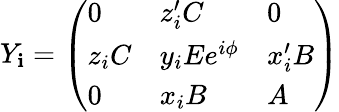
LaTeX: Y_{\mathbf{i}}=\left(\begin{array}{lll}{{0}}&{{z_{i}^{\prime}C}}&{{0}}\\ {{z_{i}C}}&{{y_{i}Ee^{i\phi}}}&{{x_{i}^{\prime}B}}\\ {{0}}&{{x_{i}B}}&{{A}}\end{array}\right)